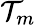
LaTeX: \mathcal{T}_{m}